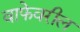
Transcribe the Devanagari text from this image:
वाफेवरील